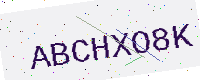
Text: ABCHXO8K